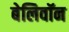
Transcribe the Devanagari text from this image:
बेलिवॉन